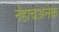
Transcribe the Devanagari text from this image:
नेहाचअनेक